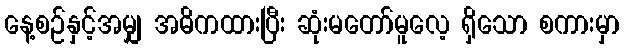
နေ့စဉ်နှင့်အမျှ အဓိကထားပြီး ဆုံးမတော်မူလေ့ ရှိသော စကားမှာ